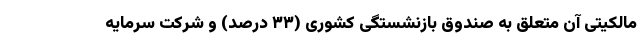
مالکیتی آن متعلق به صندوق بازنشستگی کشوری (۳۳ درصد) و شرکت سرمایه